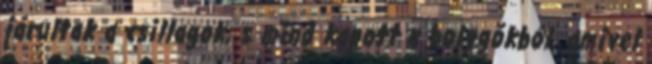
járultak a csillagok, s mind kapott a bolygókból, amivel